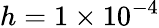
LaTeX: h=1\times 10^{-4}